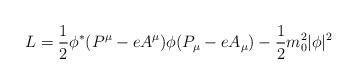
\begin{align*}L = \frac{1}{2} \phi^* (P^\mu - e A^\mu)\phi (P_\mu - e A_\mu)- \frac{1}{2} m_0^2 |\phi|^2\end{align*}